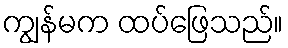
ကျွန်မက ထပ်ဖြေသည်။